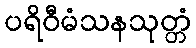
ပရိဝီမံသနသုတ္တံ